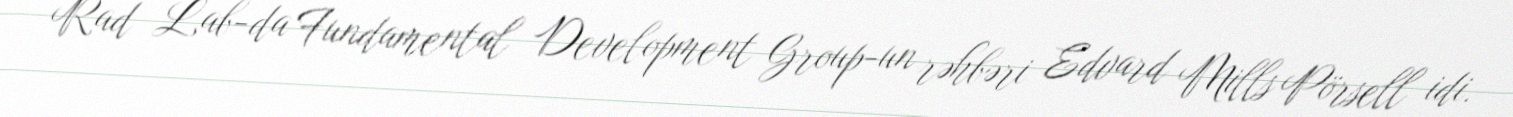
Rad Lab-da Fundamental Development Group-un rəhbəri Edvard Mills Pörsell idi.